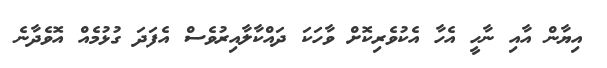
އިޔާން އާއި ނާހީ އެހާ އެކުވެރިކޮށް ވާހަކަ ދައްކާލާއިރުވެސް އެފަދަ ގުޅުމެއް އޮވެދާނެ